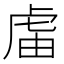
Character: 𧆭